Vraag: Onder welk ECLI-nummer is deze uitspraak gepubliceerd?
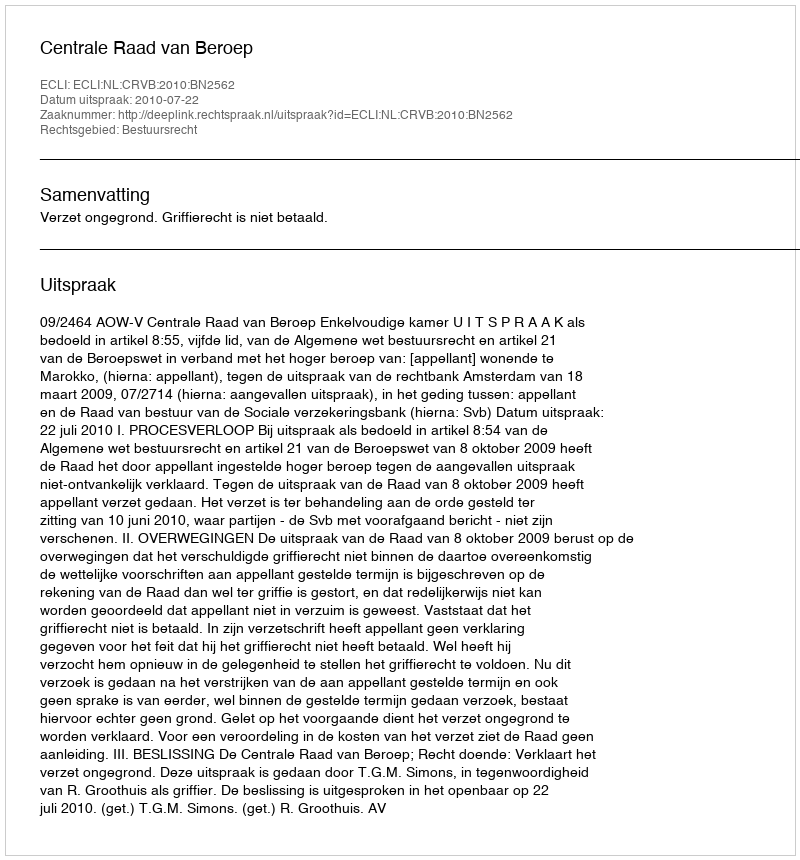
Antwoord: ECLI:NL:CRVB:2010:BN2562